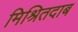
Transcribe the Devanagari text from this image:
मिश्रितदाब